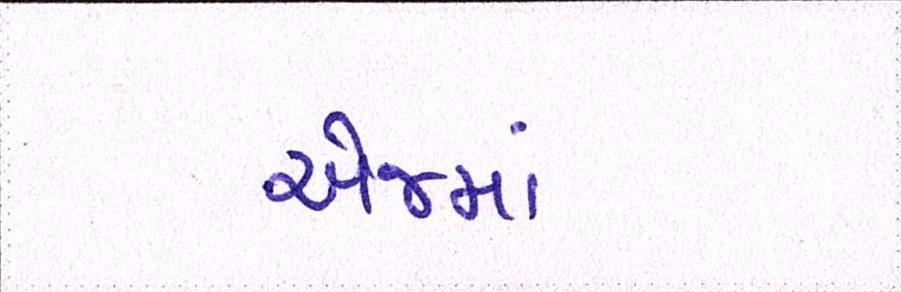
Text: એજમાં